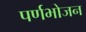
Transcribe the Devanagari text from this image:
पर्णभोजन